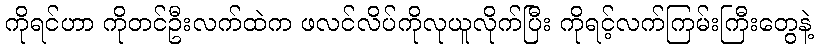
ကိုရင်ဟာ ကိုတင်ဦးလက်ထဲက ဖလင်လိပ်ကိုလုယူလိုက်ပြီး ကိုရင့်လက်ကြမ်းကြီးတွေနဲ့